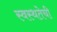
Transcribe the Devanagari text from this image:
स्वस्थतेची